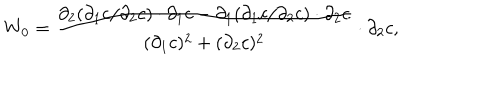
LaTeX: W _ { 0 } = \frac { { \partial } _ { 2 } ( { \partial } _ { 1 } c / { \partial } _ { 2 } c ) \cdot { \partial } _ { 1 } c - { \partial } _ { 1 } ( { \partial } _ { 1 } c / { \partial } _ { 2 } c ) \cdot { \partial } _ { 2 } c } { ( { \partial } _ { 1 } c ) ^ { 2 } + ( { \partial } _ { 2 } c ) ^ { 2 } } \cdot { \partial } _ { 2 } c ,